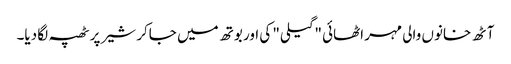
آٹھ خانوں والی مہر اٹھائی "گیلی" کی اور بوتھ میں جاکر شیر پر ٹھپہ لگا دیا۔